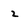
Character: 2